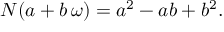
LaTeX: N ( a + b \, \omega ) = a ^ { 2 } - a b + b ^ { 2 } .